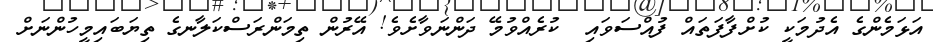
އަޅަމެންގެ އެދުމަކީ ކުށްފާފަތައް ފުއްސަވައި  ކުރެއްވުމޭ ދަންނަވާށެވެ! އޭރުން ތިމަންރަސްކަލާނގެ ތިޔަބައިމީހުންނަށް